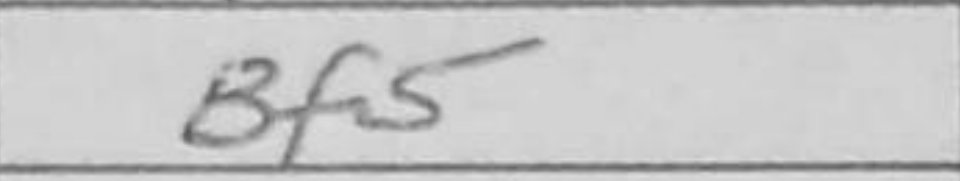
Transcription: Bf5